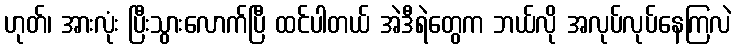
ဟုတ်၊ အားလုံး ပြီးသွားလောက်ပြီ ထင်ပါတယ် အဲဒီရဲတွေက ဘယ်လို အလုပ်လုပ်နေကြလဲ